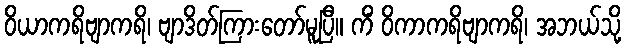
ဝိယာကရိဗျာကရိ၊ ဗျာဒိတ်ကြားတော်မူပြီ။ ကိံ ဝိကာကရိဗျာကရိ၊ အဘယ်သို့